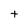
Character: t